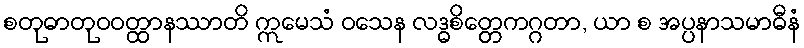
စတုဓာတုဝဝတ္ထာနဿာတိ ဣမေသံ ဝသေန လဒ္ဓစိတ္တေကဂ္ဂတာ, ယာ စ အပ္ပနာသမာဓီနံ